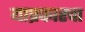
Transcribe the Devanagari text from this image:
याप्रकारचा